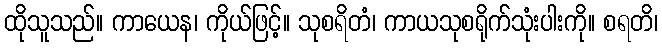
ထိုသူသည်။ ကာယေန၊ ကိုယ်ဖြင့်။ သုစရိတံ၊ ကာယသုစရိုက်သုံးပါးကို။ စရတိ၊